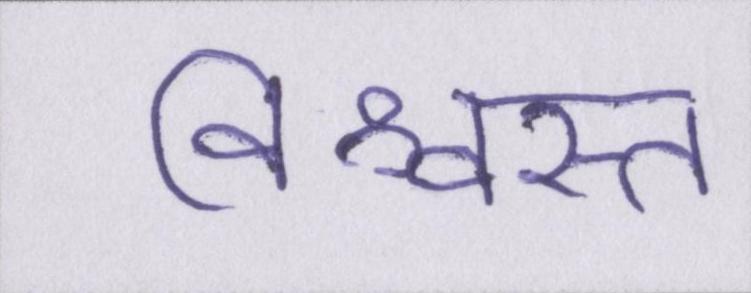
विश्वस्त